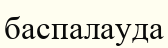
баспалауда